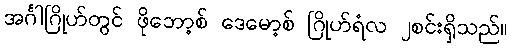
အင်္ဂါဂြိုဟ်တွင် ဖိုဘော့စ် ဒေမော့စ် ဂြိုဟ်ရံလ ၂စင်းရှိသည်။